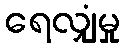
ရေလျှံမှု